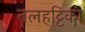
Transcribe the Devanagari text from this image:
तलहट्टिका